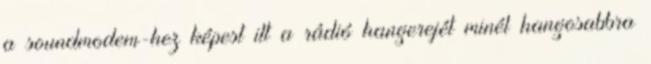
a soundmodem-hez képest itt a rádió hangerejét minél hangosabbra